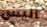
أليس